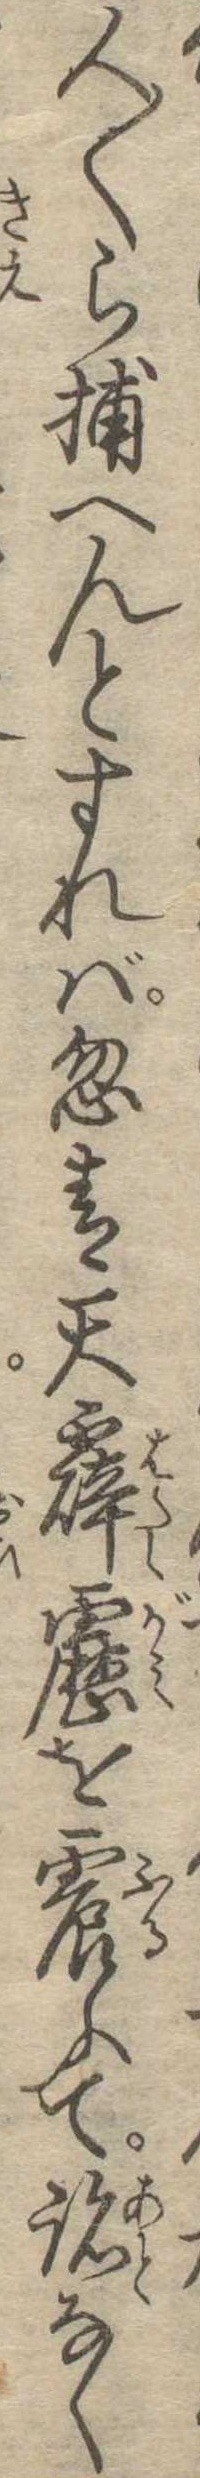
人〱ら捕へんとすれば忽青天霹靂を震ふて跡なく